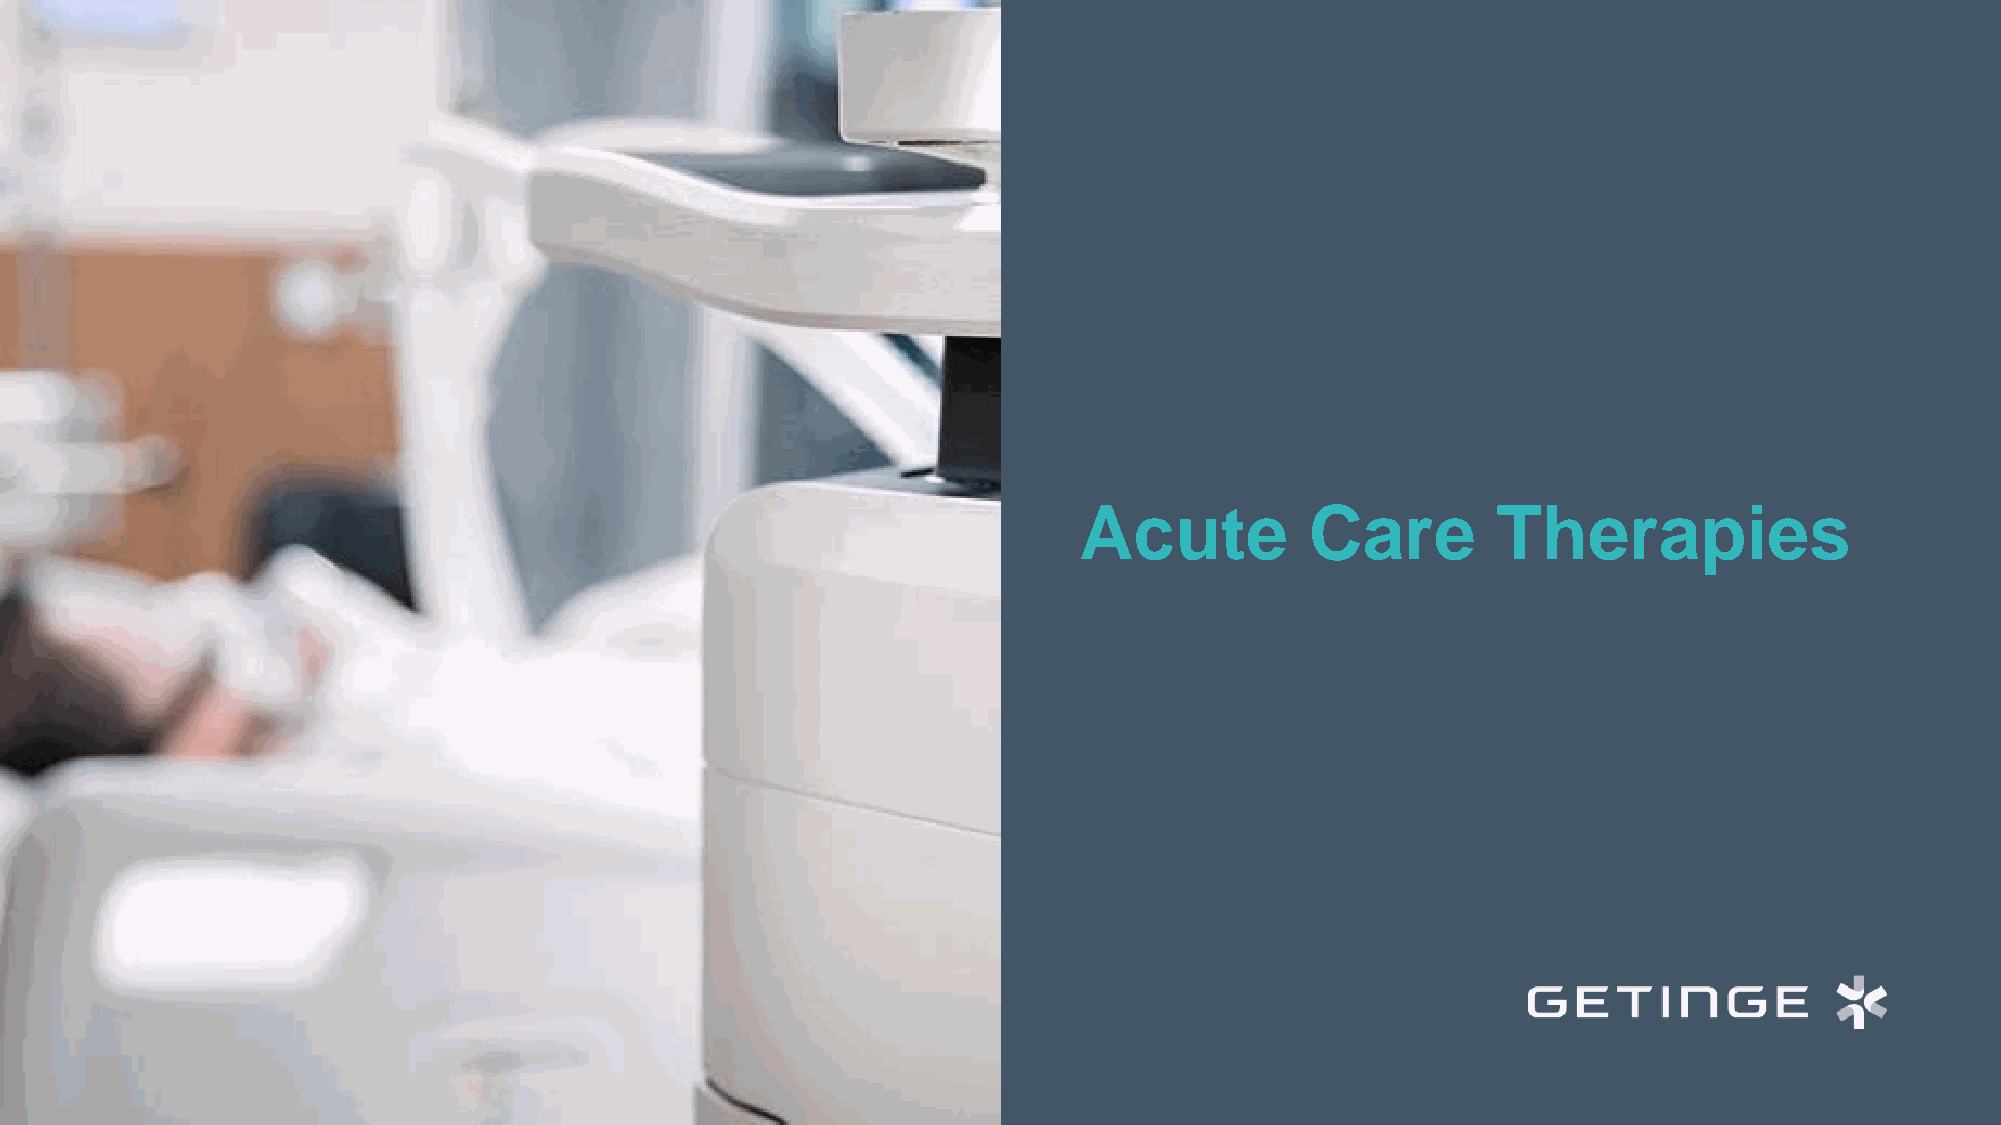
Acute           Care        Therapies